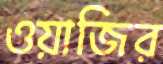
ওয়াজির